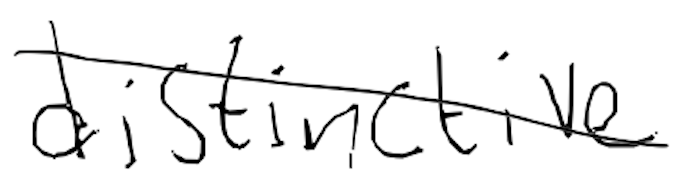
Text: distinctive
Cross-out: diagonal
Writing tool: digital_black